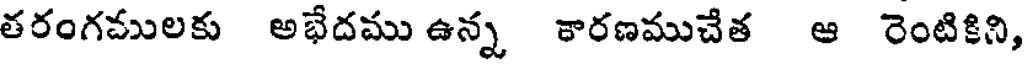
తరంగములకు అభేదము ఉన్న కారణముచేత ఆ రెంటికిని,